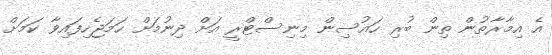
އެ އިމާރާތުން ތިން ބުރި ހައުސިން މިނިސްޓްރީ އަށް ދިނުމަށް ހަމަޖެހިފައިވާ ކަމަށް